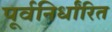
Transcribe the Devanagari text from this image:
पूर्वनिर्धांरित